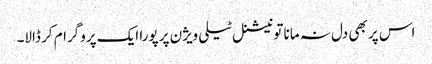
اس پر بھی دل نہ مانا تو نیشنل ٹیلی ویژن پر پورا ایک پروگرام کر ڈالا۔